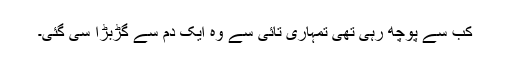
کب سے پوچھ رہی تھی تمہاری تائی سے وہ ایک دم سے گڑبڑا سی گئی۔